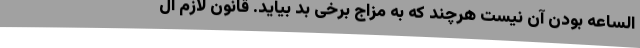
الساعه بودن آن نیست هرچند که به مزاج برخی بد بیاید. قانون لازم ال